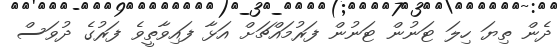
ދެން ތިޔަ ހިލަ ޓަނުން ޓަނުން ފަރުމައްޗަށް އަޅާ ފައިވާތީވެ ފަރުގެ ދުވަސް